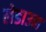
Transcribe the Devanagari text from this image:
लेडाउन